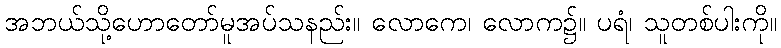
အဘယ်သို့ဟောတော်မူအပ်သနည်း။ လောကေ၊ လောက၌။ ပရံ၊ သူတစ်ပါးကို။